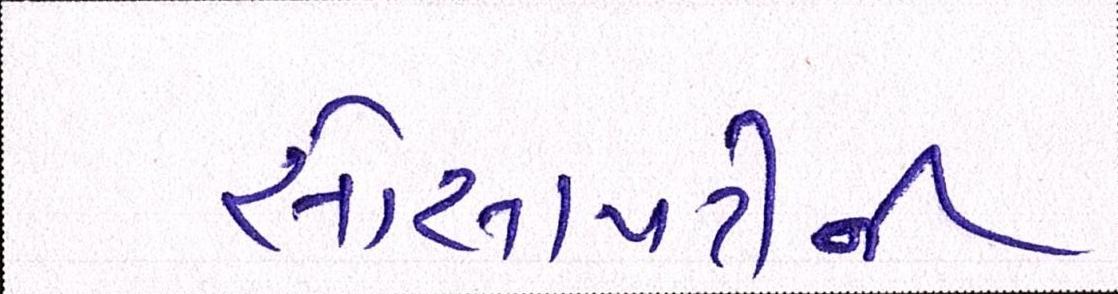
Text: સોસાયટીની